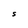
Character: S